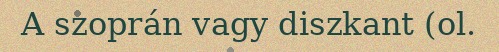
A szoprán vagy diszkant (ol.